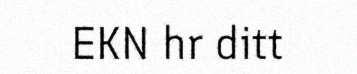
EKN hr ditt